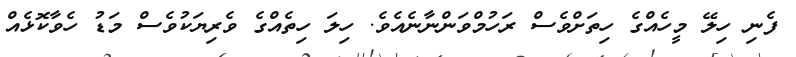
ފެނި ހިލޭ މީހެއްގެ ހިތަށްވެސް ރަހުމްވަންނާނެއެވެ. ހިލަ ހިތެއްގެ ވެރިޔަކުވެސް މަޑު ހެވާކޮޅެއް